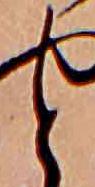
と